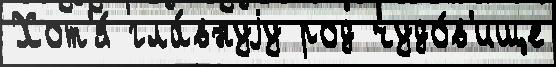
Хот'я́ гла́внуjу род чудо́в'ище